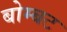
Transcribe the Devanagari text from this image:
बोम्बट